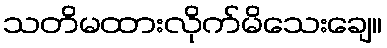
သတိမထားလိုက်မိသေးချေ။